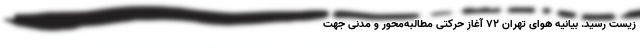
زیست رسید. بیانیه هوای تهران ۷۲ آغاز حرکتی مطالبه‌محور و مدنی جهت